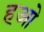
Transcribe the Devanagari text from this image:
हओ